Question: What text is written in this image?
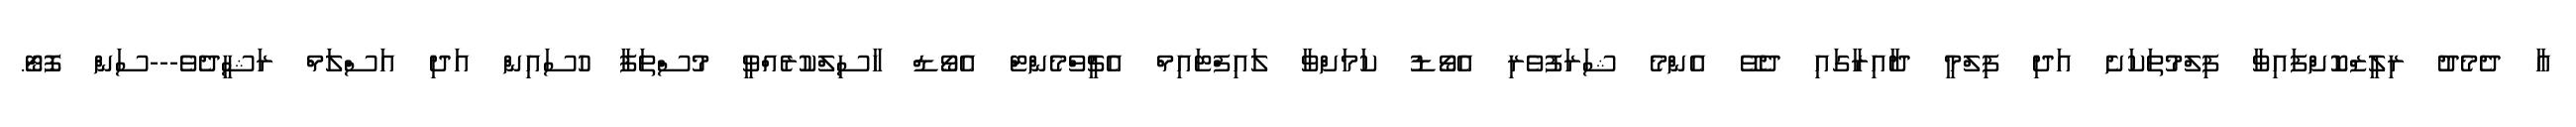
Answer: އާ ދެމެދު ރިލީޒްކޮށްފައިވާ ފިލްމުތަކަށެ އަދި ފިލްމީ ދާއިރާގައި ދެވޭ އެންމެ ޝަރަފުވެރި އެވޯޑު ކަމަށްވާ ލައިފްޓައިމް އެޗީވްމެންޓް އެވޯޑް ހާސިލްކުރެއްވީ މުސްތަފާ ހުސައިން އަދި އަސްލަމް ރަޝީދެވެ---ސަން ފޮޓޯ.